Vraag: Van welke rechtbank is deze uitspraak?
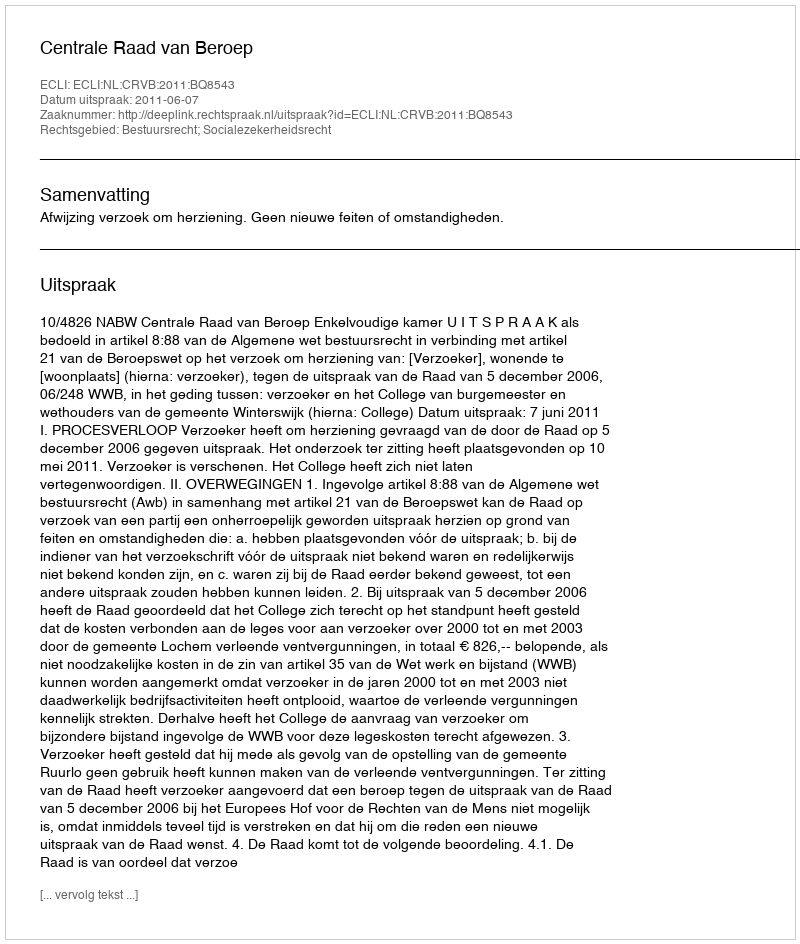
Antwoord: Centrale Raad van Beroep